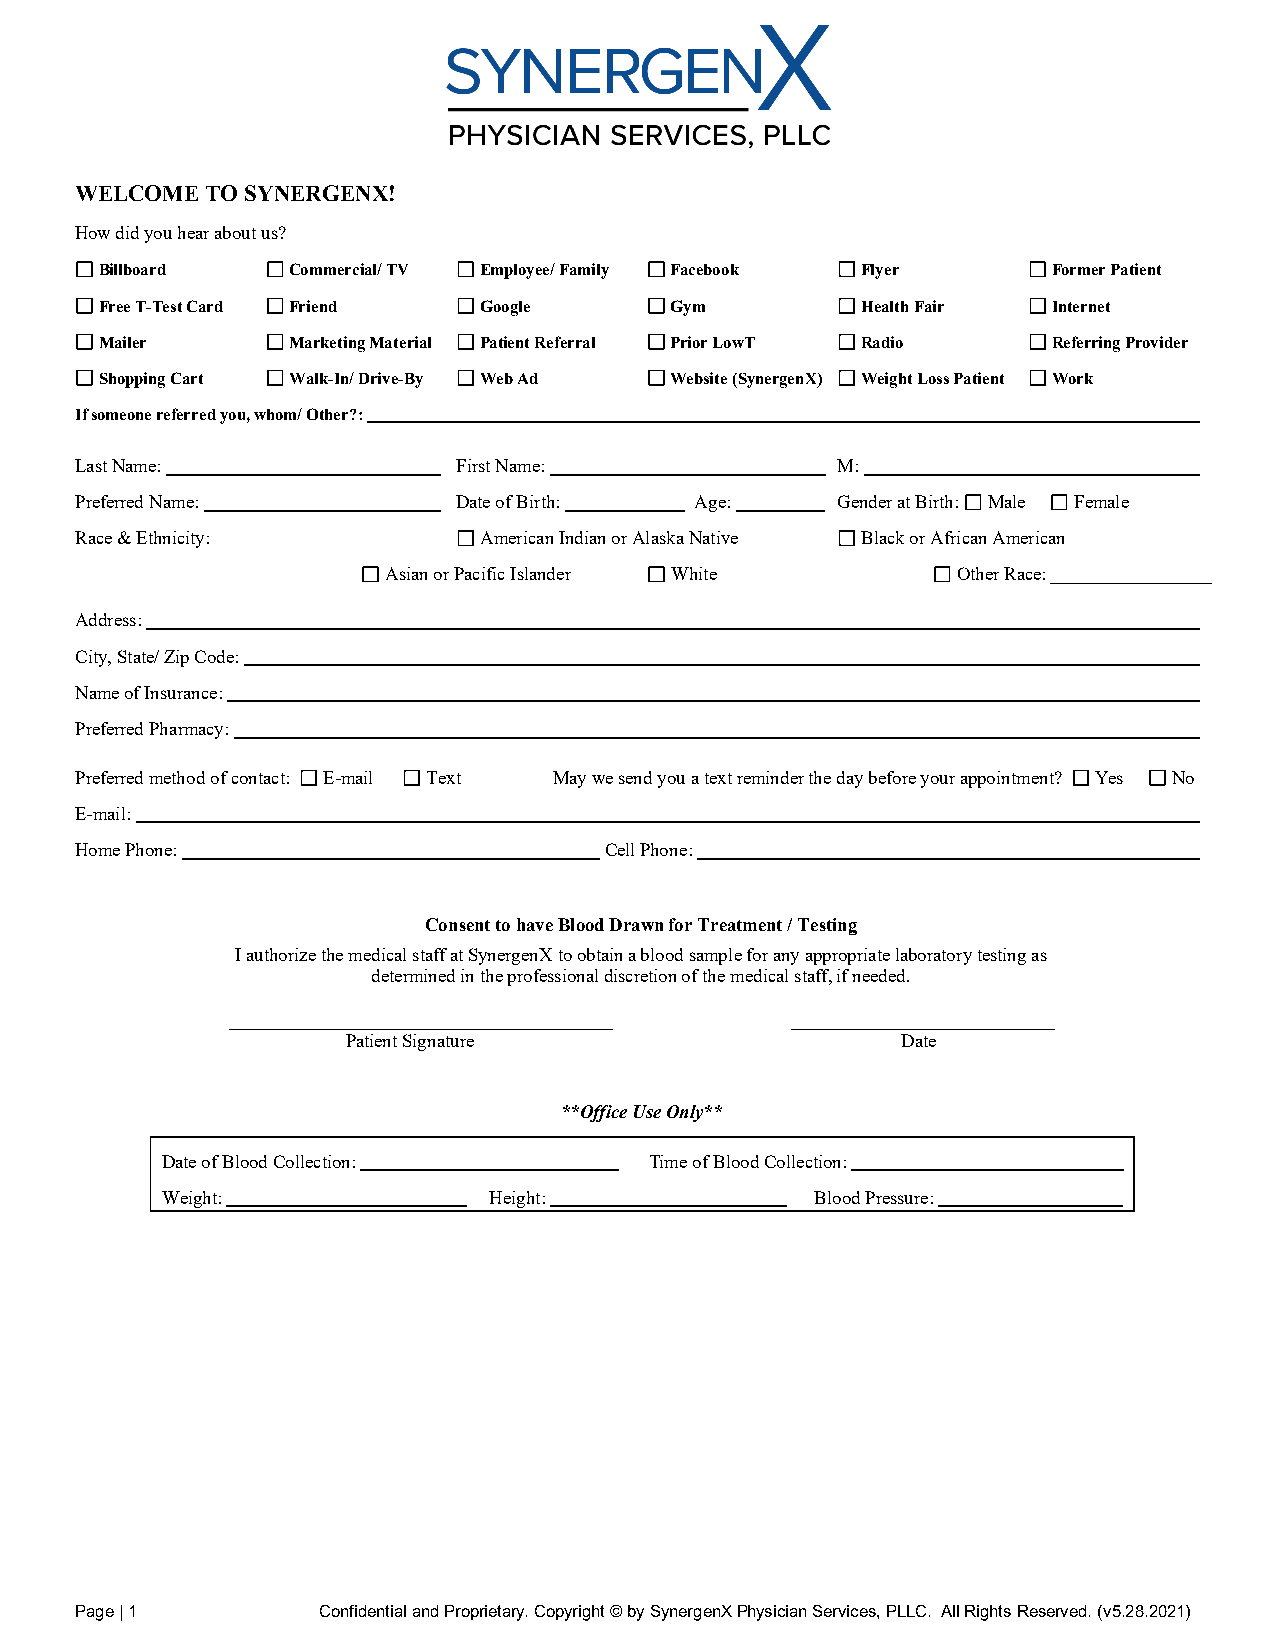
WELCOME  TO SYNERGENX!
 How did you hear about us?
 Billboard   Commercial/ TV Employee/ Family Facebook Flyer     Former Patient
 Free T-Test Card Friend  Google      Gym          Health Fair  Internet
 Mailer      Marketing Material Patient Referral Prior LowT Radio Referring Provider
 Shopping Cart Walk-In/ Drive-By Web Ad Website (SynergenX) Weight Loss Patient Work
 If someone referred you, whom/ Other?:
 Last Name:               First Name:              M:
 Preferred Name:          Date of Birth:  Age:     Gender at Birth: Male Female
 Race & Ethnicity:          American Indian or Alaska Native Black or African American
 Asian or Pacific Islander White       Other Race: _________________
 Address:
 City, State/ Zip Code:
 Name of Insurance:
 Preferred Pharmacy:
 Preferred method of contact: E-mail Text May we send you a text reminder the day before your appointment? Yes No
 E-mail:
 Home Phone:                        Cell Phone:
 Consent to have Blood Drawn for Treatment / Testing
 I authorize the medical staff at SynergenX to obtain a blood sample for any appropriate laboratory testing as
 determined in the professional discretion of the medical staff, if needed.
 _________________________________________ ____________________________
 Patient Signature                    Date
 **Office Use Only**
 Date of Blood Collection:       Time of Blood Collection:
 Weight:              Height:               Blood Pressure:
 Page | 1        Confidential and Proprietary. Copyright © by SynergenX Physician Services, PLLC. All Rights Reserved. (v5.28.2021)